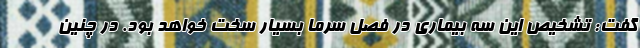
گفت: تشخیص این سه بیماری در فصل سرما بسیار سخت خواهد بود. در چنین